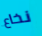
نخاع